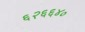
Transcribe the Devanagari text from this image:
६२६६४०